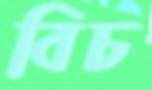
বিচ